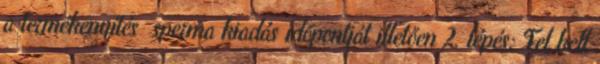
a termékenyítés sperma kiadás időpontját illetően 2. lépés: Fel kell